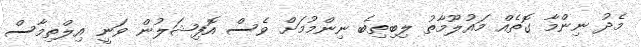
މެދު ނިންމާ ގޮތެއް މައުލޫމާތު ލިބިތިބެ ނިންމުމަށް ވެސް އޮފިޝަލުން ވަނީ އިލްތިމާސް